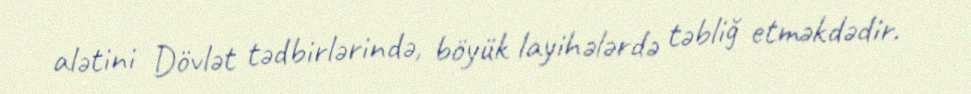
alətini Dövlət tədbirlərində, böyük layihələrdə təbliğ etməkdədir.